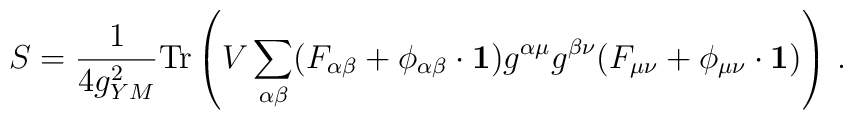
S=\frac{1}{4g_{YM}^{2}}{\rm Tr}\left( V\sum_{\alpha \beta} (F_{\alpha \beta}+ \phi_{\alpha\beta}\cdot {\bf 1})g^{\alpha \mu} g^{\beta \nu} (F_{\mu \nu}+ \phi_{\mu\nu}\cdot {\bf 1}) \right) \, .